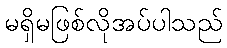
မရှိမဖြစ်လိုအပ်ပါသည်